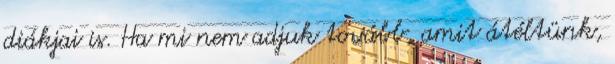
diákjai is. Ha mi nem adjuk tovább, amit átéltünk,